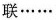
联……